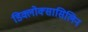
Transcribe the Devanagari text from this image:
डिक्लोक्सासिलिन